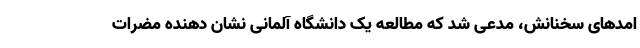
امدهای سخنانش، مدعی شد که مطالعه یک دانشگاه آلمانی نشان دهنده مضرات